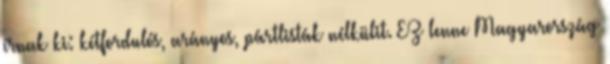
írnak ki: kétfordulós, arányos, pártlisták nélkülit. EZ lenne Magyarország